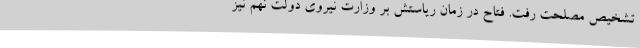
تشخیص مصلحت رفت. فتاح در زمان ریاستش بر وزارت نیروی دولت نهم نیز